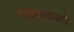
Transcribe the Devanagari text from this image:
तालुक्यातआहे